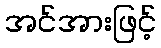
အင်အားဖြင့်